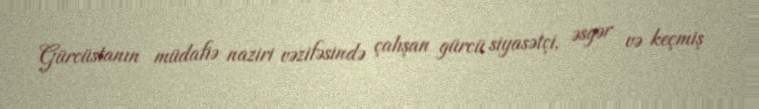
Gürcüstanın müdafiə naziri vəzifəsində çalışan gürcü siyasətçi, əsgər və keçmiş